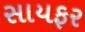
સાયફર